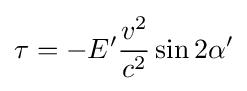
\tau =-E'{\frac {v^{2}}{c^{2}}}\sin 2\alpha '